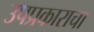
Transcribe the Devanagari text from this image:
उपप्रकाराचा